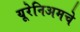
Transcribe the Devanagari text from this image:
यूरेनिअमचे